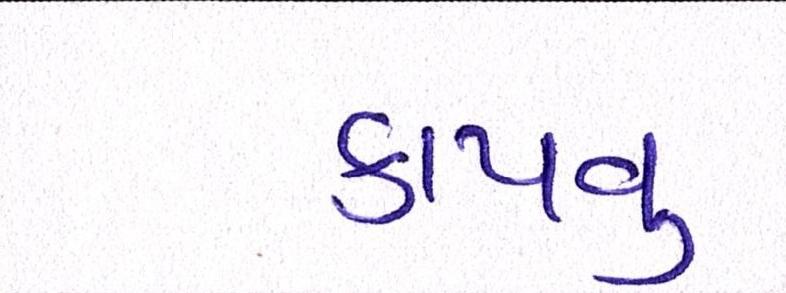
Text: કાપવુ